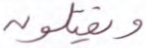
ويقتلون